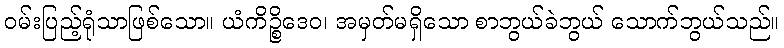
ဝမ်းပြည့်ရုံသာဖြစ်သော။ ယံကိဉ္စိဒေဝ၊ အမှတ်မရှိသော စာဘွယ်ခဲဘွယ် သောက်ဘွယ်သည်။